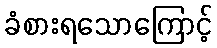
ခံစားရသောကြောင့်